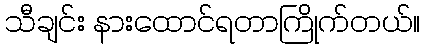
သီချင်း နားထောင်ရတာကြိုက်တယ်။